Report on lock hospitals in British Burma
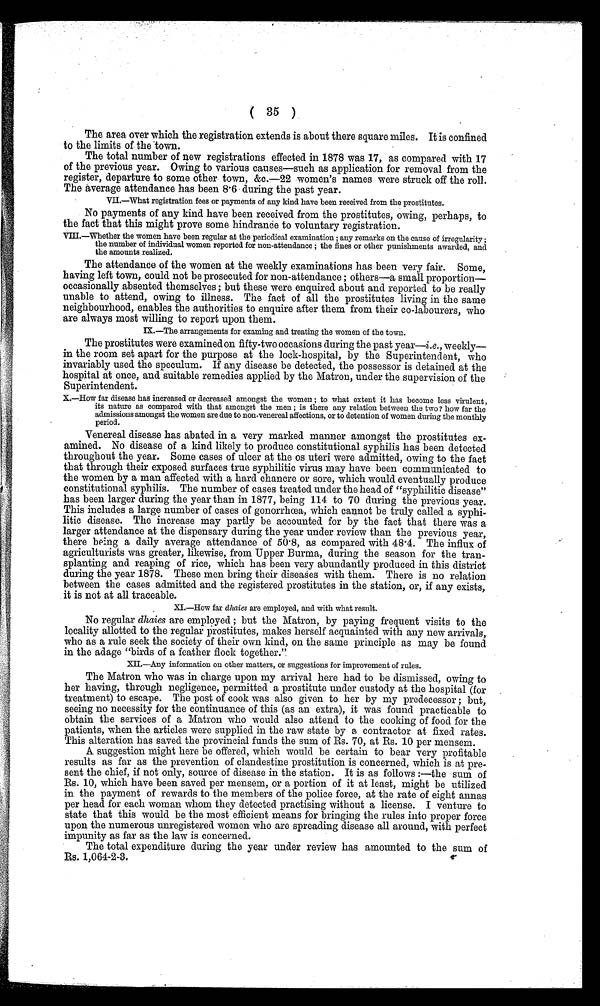
( 35 )
The area over which the registration extends is about there square miles. It is confined
to the limits of the town.
The total number of new registrations effected in 1878 was 17, as compared with 17
of the previous year. Owing to various causes—such as application for removal from the
register, departure to some other town, &c.-22 women's names were struck off the roll.
The average attendance has been 8.6 during the past year.
VII.—what registration fees or payments of any kind have been received from the prostitutes.
No payments of any kind have been received from the prostitutes, owing, perhaps, to
the fact that this might prove some hindrance to voluntary registration.
V I I I — W h e t h e r t h e w o m e n h a v e b e e n r e g u l a r a t t h e p e r i o d i c a l e x a m i n a t i o n ; a n y r e m a r k s o n t h e c a u s e o f i r r e g u l a r i t y ;
the number of individual women reported for non-attendance ; the fines or other punishments awarded, and
the amounts realized.
The attendance of the women at the weekly examinations has been very fair. Some,
having left town, could not be prosecuted for non-attendance ; others—a small proportion—
occasionally absented themselves; but these were enquired about and reported to be really
unable to attend, owing to illness. The fact of all the prostitutes living in the same
neighbourhood, enables the authorities to enquire after them from their co-labourers, who
are always most willing to report upon them.
IX.—The arrangements for examing and treating the women of the town.
The prostitutes were examined on fifty-two occasions during the past year— i.e. , weekly—
in the room set apart for the purpose at the lock-hospital, by the Superintendent, who
invariably used the speculum. If any disease be detected, the possessor is detained at the
hospital at once, and suitable remedies applied by the Matron, under the supervision of the
Superintendent.
X.—How far disease has increased or decreased amongst the women ; to what extent it has become less virulent,
its nature as compared with that amongst the men ; is there any relation between the two ? how far the
admissions amongst the women are due to non-venereal affections, or to detention of women during the monthly
period.
Venereal disease has abated in a very marked manner amongst the prostitutes ex-
amined. No disease of a kind likely to produce constitutional syphilis has been detected
throughout the year. Some cases of ulcer at the os uteri were admitted, owing to the fact
that through their exposed surfaces true syphilitic virus may have been communicated to
the women by a man affected with a hard chancre or sore, which would eventually produce
constitutional syphilis. The number of cases treated under the head of "syphilitic disease"
has been larger during the year than in 1877, being 114 to 70 during the previous year.
This includes a large number of cases of gonorrhœa, which cannot be truly called a syphi-
litic disease. The increase may partly be accounted for by the fact that there was a
larger attendance at the dispensary during the year under review than the previous year,
there being a daily average attendance of 50.8, as compared with 48.4. The influx of
agriculturists was greater, likewise, from Upper Burma, during the season for the tran-
splanting and reaping of rice, which has been very abundantly produced in this district
during the year 1878. These men bring their diseases with them. There is no relation
between the cases admitted and the registered prostitutes in the station, or, if any exists,
it is not at all traceable.
XI.—How far dhaies are employed, and with what result.
No regular dhaies are employed ; but the Matron, by paying frequent visits to the
locality allotted to the regular prostitutes, makes herself acquainted with any new arrivals,
who as a rule seek the society of their own kind, on the same principle as may be found
in the adage "birds of a feather flock together."
XII.—Any information on other matters, or suggestions for improvement of rules.
The Matron who was in charge upon my arrival here had to be dismissed, owing to
her having, through negligence, permitted a prostitute under custody at the hospital (for
treatment) to escape. The post of cook was also given to her by my predecessor ; but,
seeing no necessity for the continuance of this (as an extra), it was found practicable to
obtain the services of a Matron who would also attend to the cooking of food for the
patients, when the articles were supplied in the raw state by a contractor at fixed rates.
This alteration has saved the provincial funds the sum of Rs. 70, at Rs. 10 per mensem.
A suggestion might here be offered, which would be certain to bear very profitable
results as far as the prevention of clandestine prostitution is concerned, which is at pre-
sent the chief, if not only, source of disease in the station. It is as follows :—the sum of
Rs. 10, which have been saved per mensem, or a portion of it at least, might be utilized
in the payment of rewards to the members of the police force, at the rate of eight annas
per head for each woman whom they detected practising without a license. I venture to
state that this would be the most efficient means for bringing the rules into proper force
upon the numerous unregistered women who are spreading disease all around, with perfect
impunity as far as the law is concerned.
The total expenditure during the year under review has amounted to the sum of
Rs. 1,064-2-3.